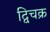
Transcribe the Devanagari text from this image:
द्विचक्र